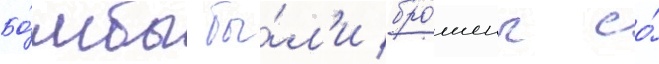
Бо́мбы бы́л'и бро́шены со́